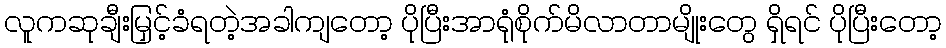
လူကဆုချီးမြှင့်ခံရတဲ့အခါကျတော့ ပိုပြီးအာရုံစိုက်မိလာတာမျိုးတွေ ရှိရင် ပိုပြီးတော့